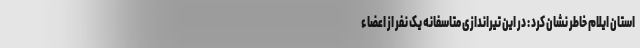
استان ایلام خاطر نشان کرد : در این تیراندازی متاسفانه یک نفر از اعضاء